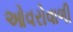
ઓવરોવાળી